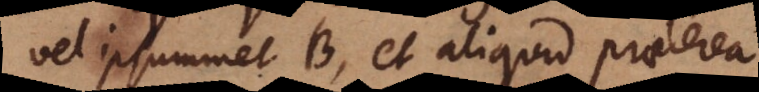
vel ipsummet B, et aliquid praeterea